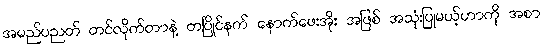
အမည်ပညတ် တင်လိုက်တာနဲ့ တပြိုင်နက် နောက်ဖေးအိုး အဖြစ် အသုံးပြုမယ့်ဟာကို အစာ